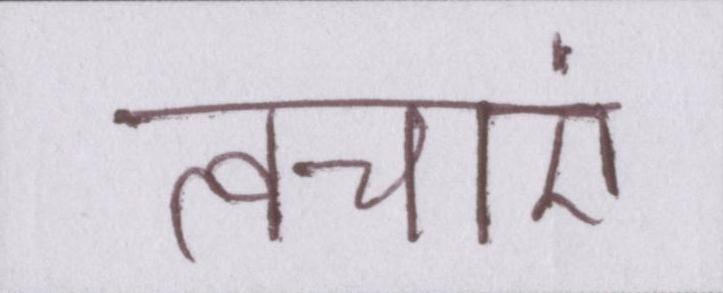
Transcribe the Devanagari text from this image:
त्वचाएं